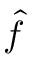
\boldsymbol { \hat { f } }